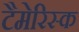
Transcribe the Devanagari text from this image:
टैमेरिस्क